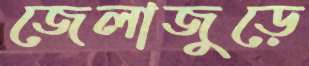
জেলাজুড়ে